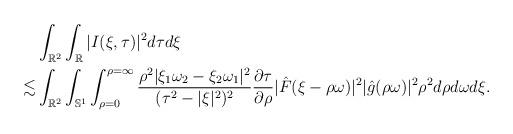
LaTeX: \begin{align*}&\int_{\mathbb{R}^2} \int_{\mathbb{R}} |I(\xi,\tau)|^2 d\tau d\xi \\\lesssim& \int_{\mathbb{R}^2} \int_{\mathbb{S}^1} \int_{\rho = 0}^{\rho = \infty} \frac{\rho^2 |\xi_1 \omega_2 - \xi_2 \omega_1|^2}{(\tau^2-|\xi|^2)^2} \frac{\partial \tau}{\partial \rho} |\hat{F}(\xi-\rho \omega)|^2 |\hat{g}(\rho \omega)|^2 \rho^2 d\rho d\omega d\xi. \end{align*}